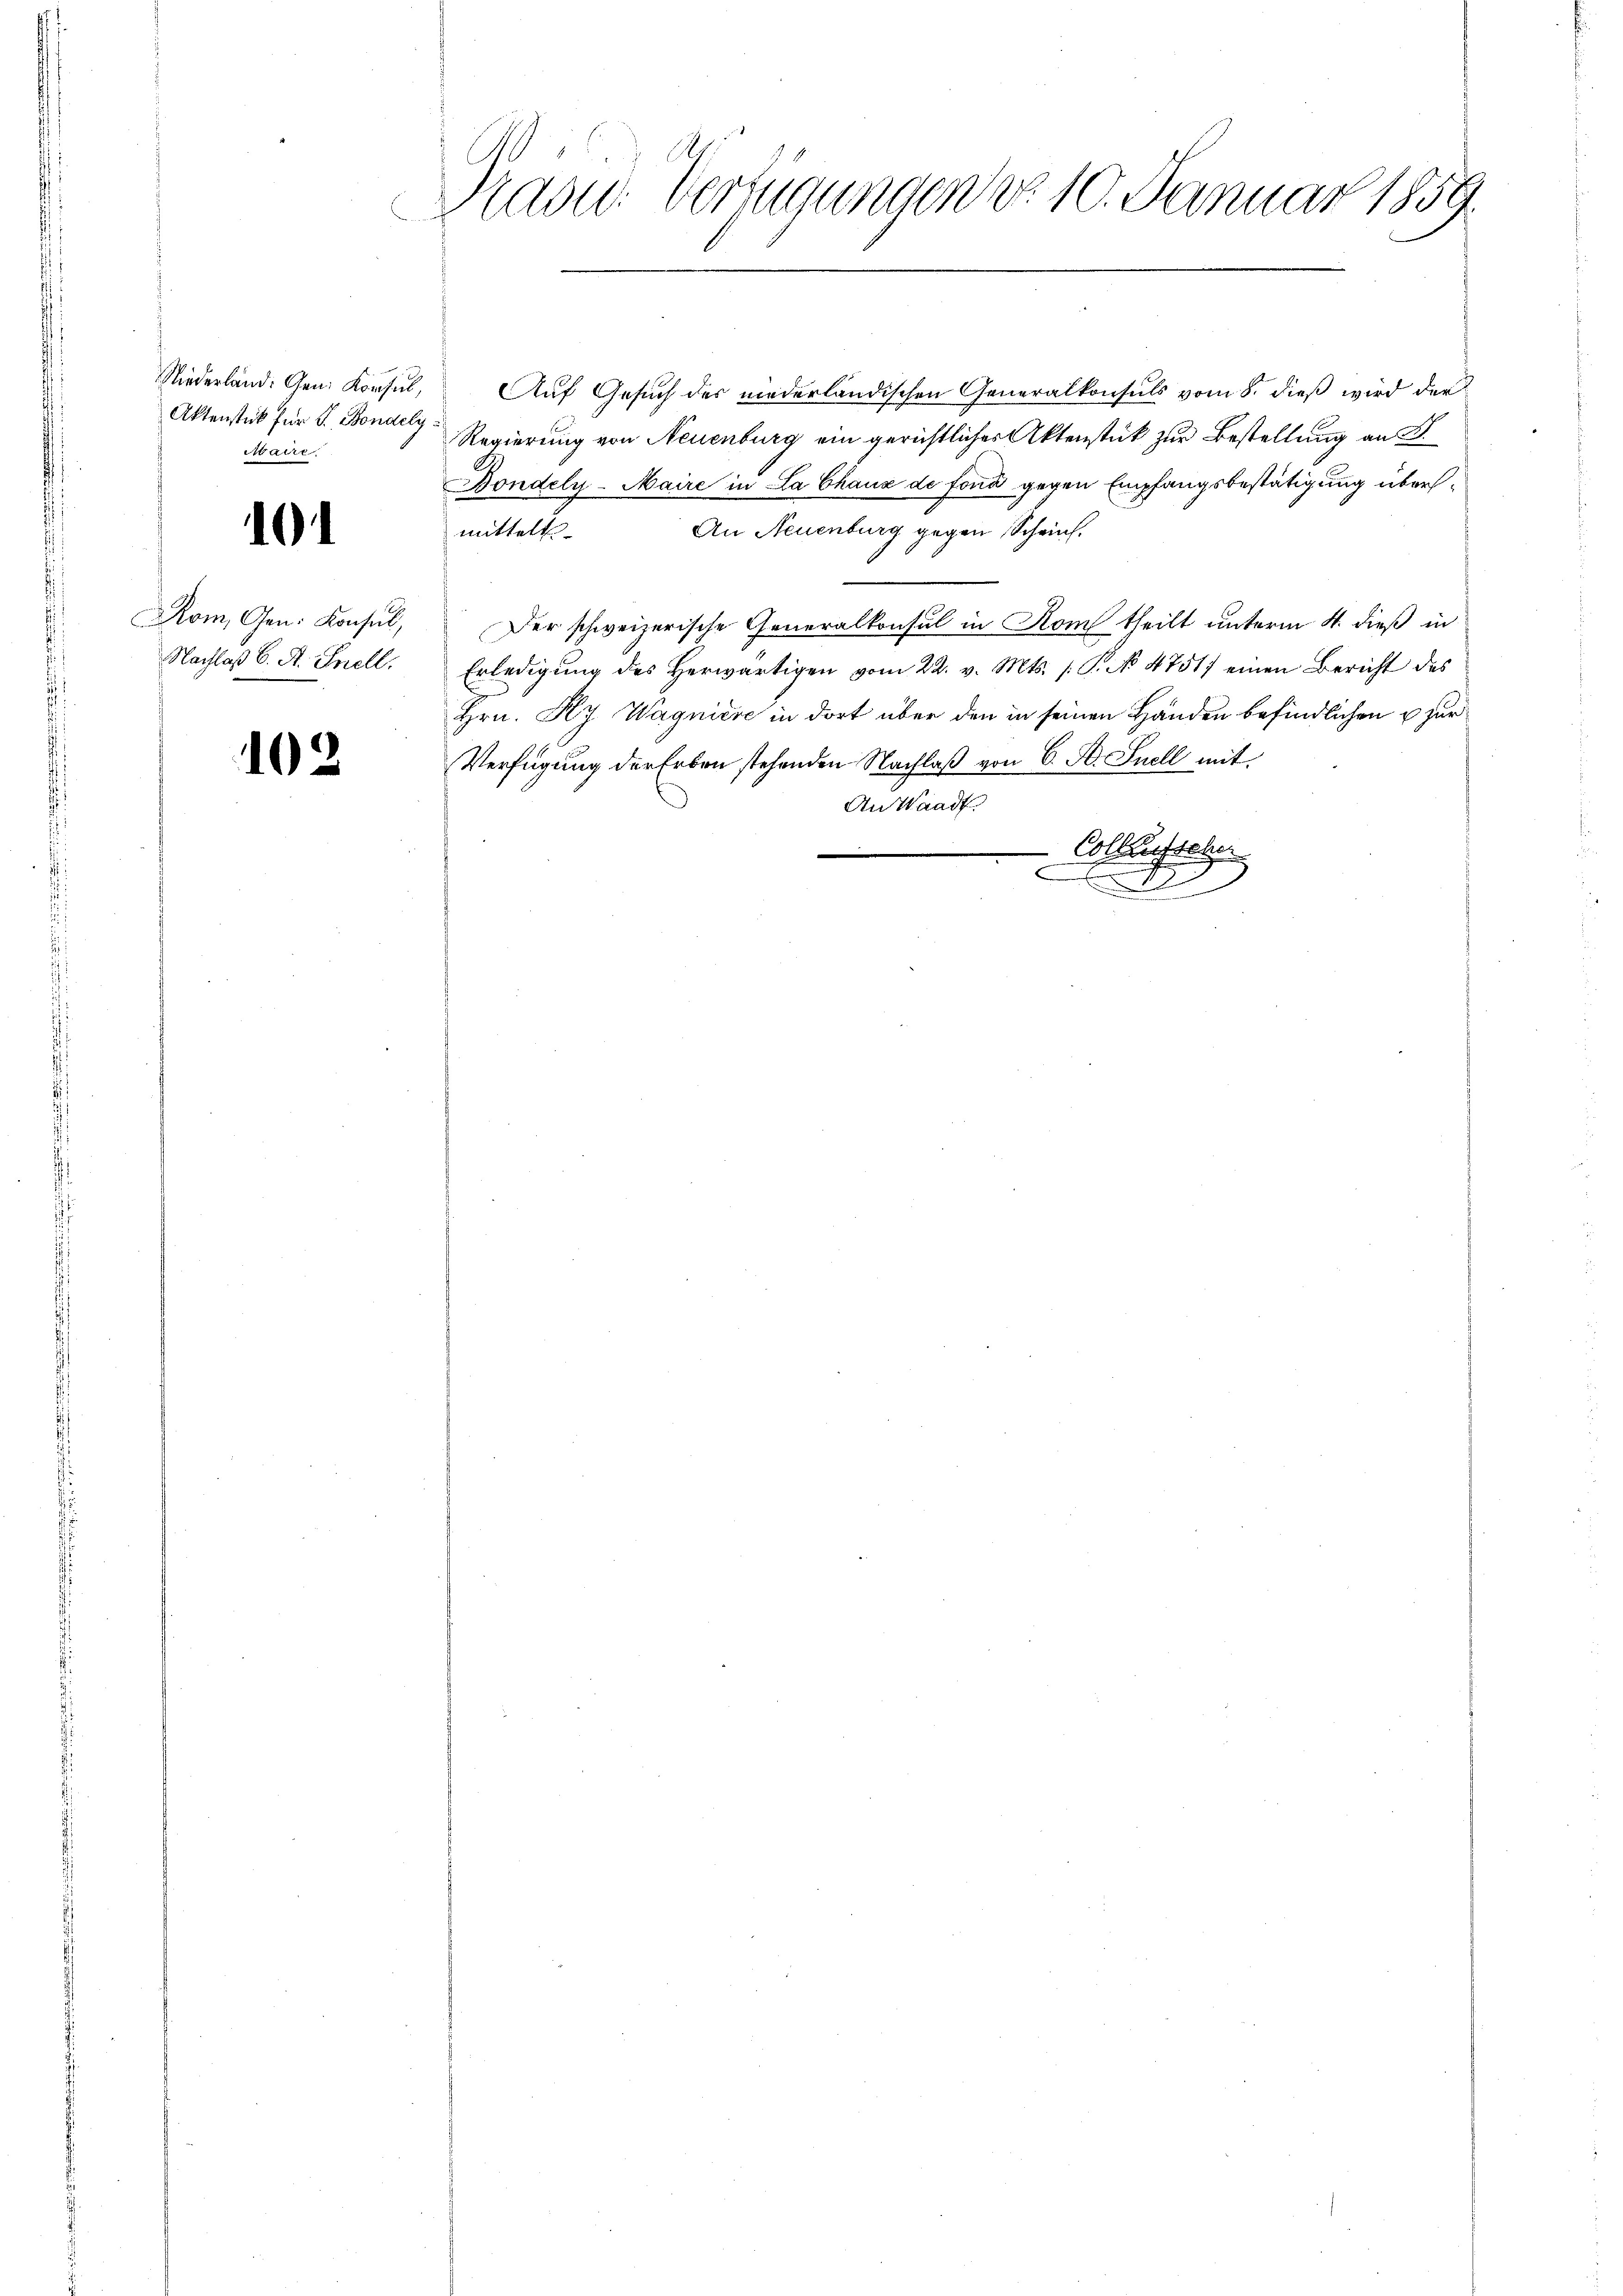
Niederland. Gen. Konsul,
Aktenstück für J. Bondely
Maire.

101

Nachlaß 6. A. Inell,

102

Präsid. Verfügungen d. 10. Januar 1859

Auf Gesuch des niederländischen Generalkonsuls vom 8. dieß wird der
Regierung von Neuenburg ein gerichtlicher Aktenstück zur Bestellung an S.
Bondely-Maire in La Chaux de fond gegen Empfangsbestätigung übers¬
An Neuenburg gegen Scheint.
mittelt
Rom, Gen. Konsul, Der schweizerische Generalkonsul in Rom theilt unterm 4. dieß in
Erledigŭng des herwärtigen vom 22. v. Mts. (T. No. 4751) einen Bericht des
Hrn. Ky Wagniere in dort über den in seinen Händen befindlichen u zur
Verfügung der Erben stehenden Nachlaß von 6. A. Snell mit
An Waadt.
Collaussche
.
d